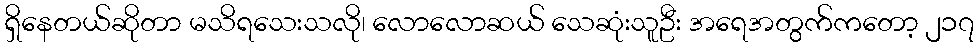
ရှိနေတယ်ဆိုတာ မသိရသေးသလို၊ လောလောဆယ် သေဆုံးသူဦး အရေအတွက်ကတော့ ၂၁၇